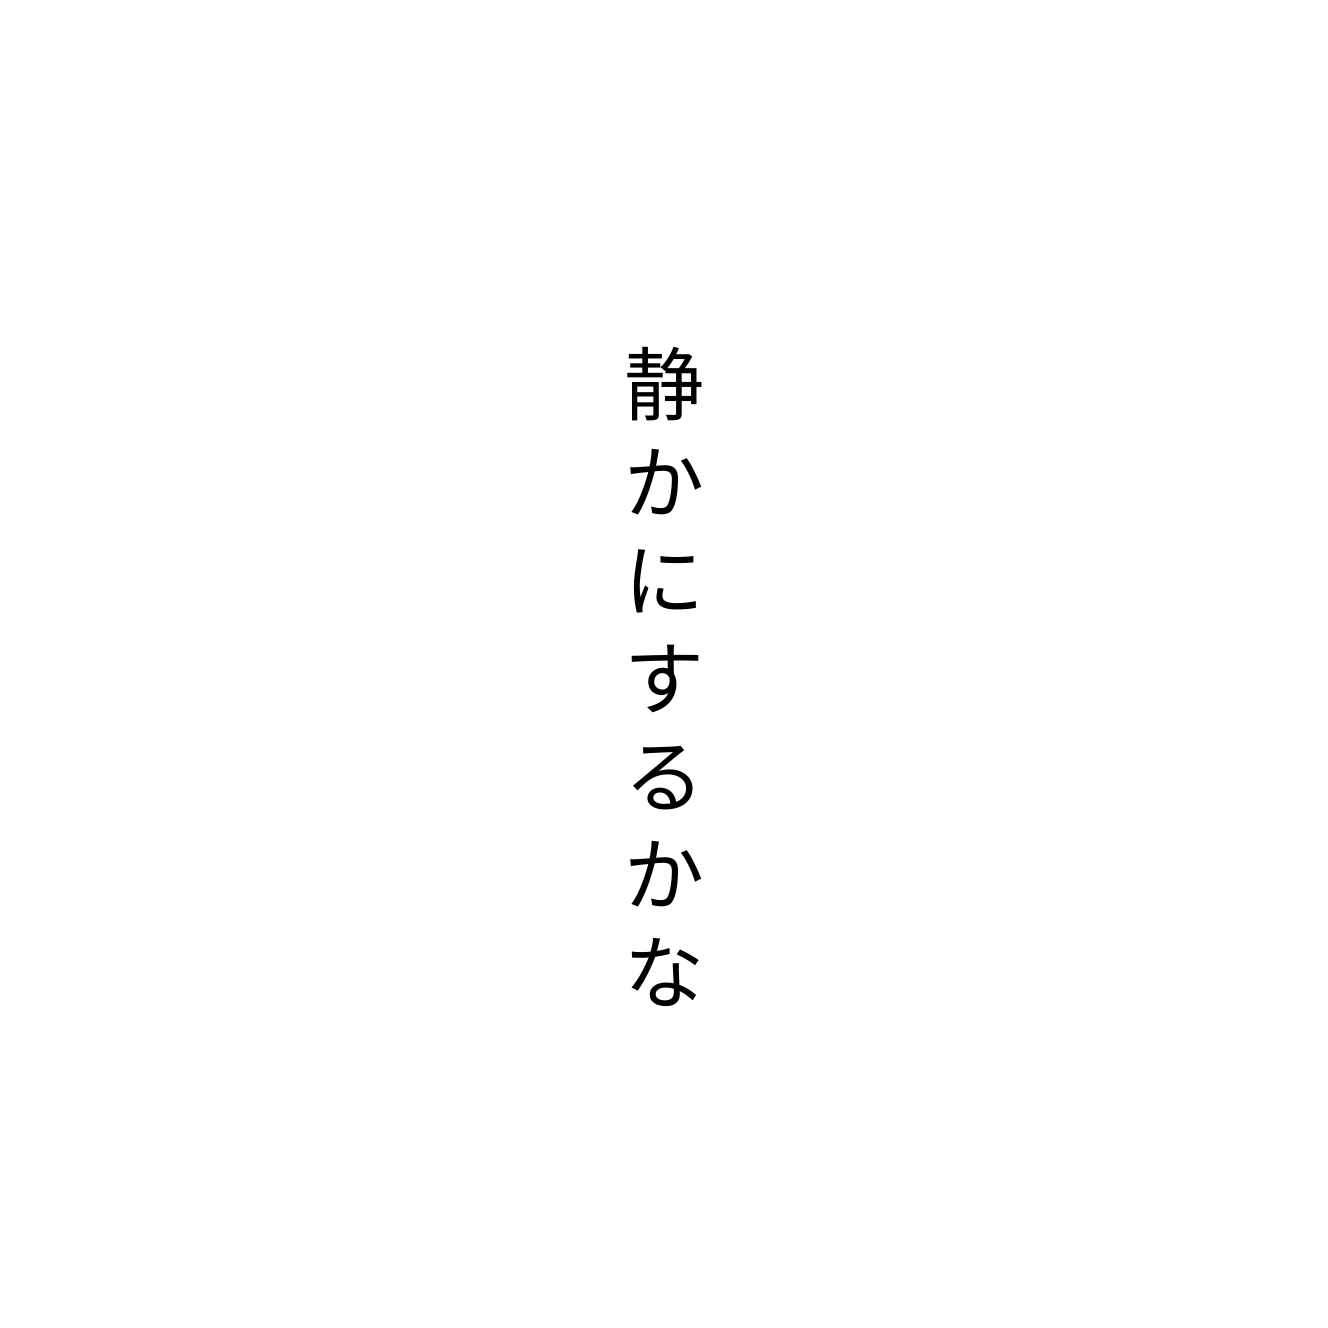
静かにするかな